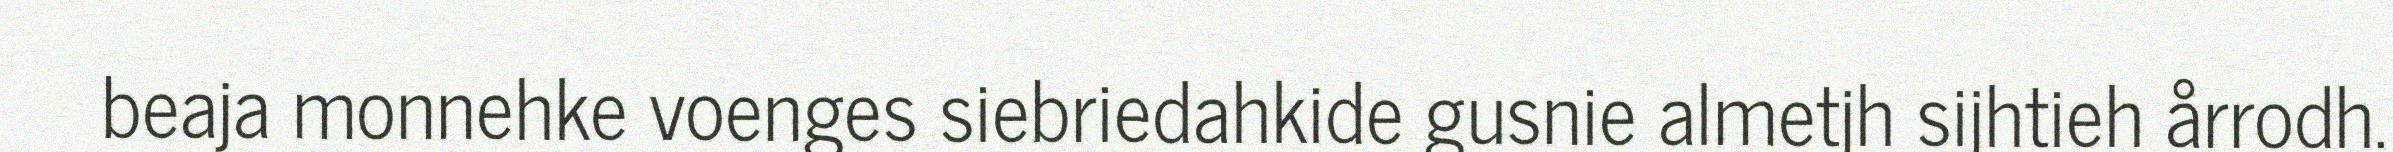
beaja monnehke voenges siebriedahkide gusnie almetjh sijhtieh årrodh.